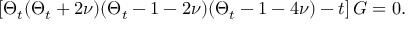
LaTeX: \left[ \Theta _ { t } ( \Theta _ { t } + 2 \nu ) ( \Theta _ { t } - 1 - 2 \nu ) ( \Theta _ { t } - 1 - 4 \nu ) - t \right] G = 0 .